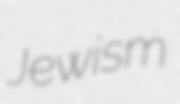
Jewism